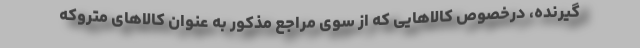
گیرنده، درخصوص کالاهایی که از سوی مراجع مذکور به عنوان کالاهای متروکه